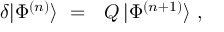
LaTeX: \delta | \Phi ^ { ( n ) } \rangle \ = \ \ { \cal Q } \, | \Phi ^ { ( n + 1 ) } \rangle \ ,